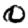
Digit: 0